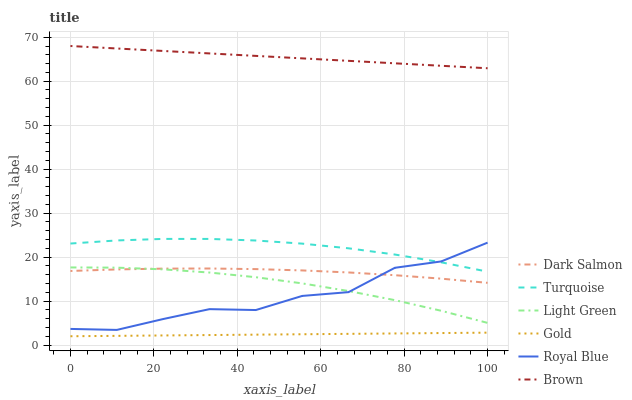
| xaxis_label | Dark Salmon | Turquoise | Light Green | Gold | Royal Blue | Brown |
 | --- | --- | --- | --- | --- | --- | --- |
 | 0 | 16.8 | 23.1 | 17.6 | 2 | 3.67 | 68 |
 | 11.1 | 17.2 | 23.8 | 17.6 | 2.09 | 3.44 | 67.4 |
 | 22.2 | 17.4 | 24.1 | 17.2 | 2.18 | 5.91 | 66.9 |
 | 33.3 | 17.4 | 24.1 | 16.5 | 2.27 | 8.16 | 66.3 |
 | 44.4 | 17.3 | 23.8 | 15.4 | 2.36 | 7.96 | 65.8 |
 | 55.6 | 17 | 23.1 | 14 | 2.45 | 11.2 | 65.2 |
 | 66.7 | 16.5 | 22 | 12.3 | 2.55 | 12 | 64.6 |
 | 77.8 | 15.9 | 20.6 | 10.2 | 2.64 | 17.6 | 64.1 |
 | 88.9 | 15.1 | 18.8 | 7.79 | 2.73 | 19 | 63.5 |
 | 100 | 14.1 | 16.7 | 5.04 | 2.82 | 23.3 | 62.9 |